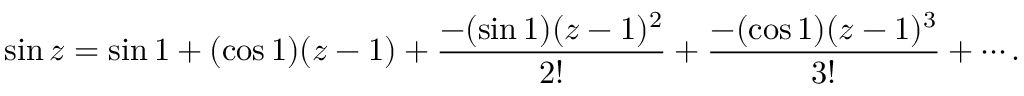
\sin z = \sin 1 + ( \cos 1 ) ( z - 1 ) + { \frac { - ( \sin 1 ) ( z - 1 ) ^ { 2 } } { 2 ! } } + { \frac { - ( \cos 1 ) ( z - 1 ) ^ { 3 } } { 3 ! } } + \cdots .